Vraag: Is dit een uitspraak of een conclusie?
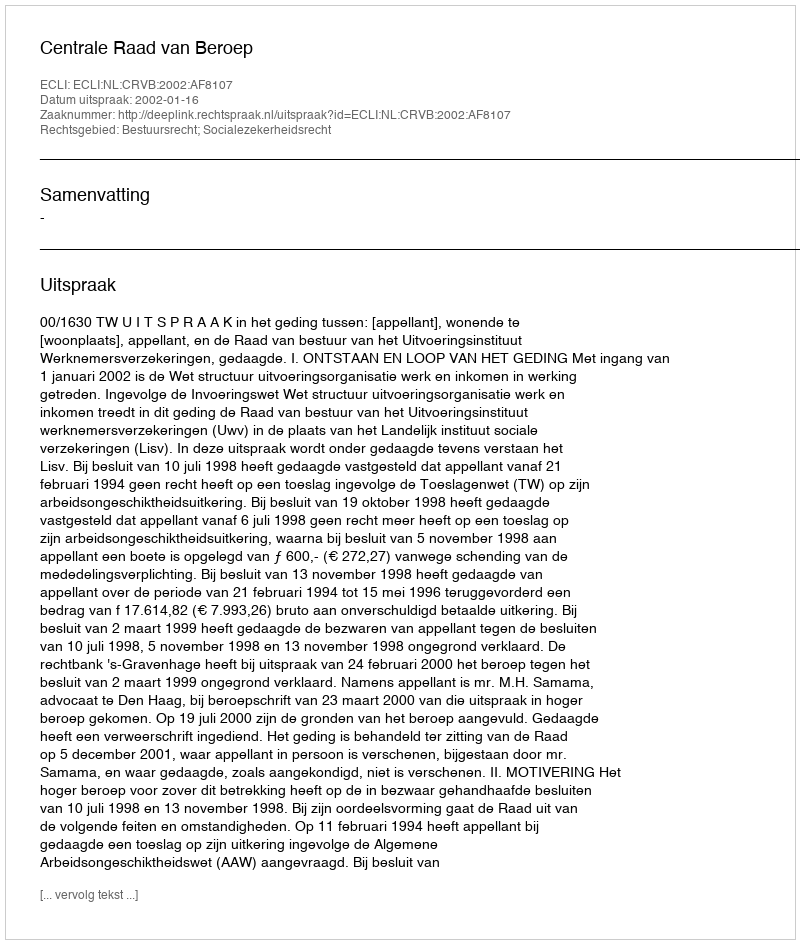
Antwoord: Uitspraak